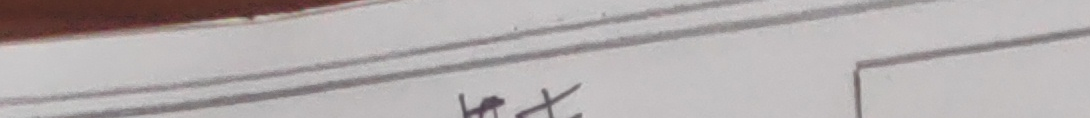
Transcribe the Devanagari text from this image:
फर्क